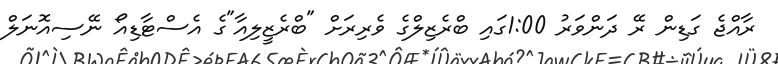
ރާއްޖެ ގަޑިން ރޭ ދަންވަރު 1:00ގައި ބްރެޒިލްގެ ވެރިރަށް "ބްރެޒީލިއާ"ގެ އެސްޓާޑިއޯ ނޭސިއޮނަލް